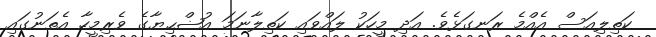
ކަތިލިއަސް އެއްމެ ރަނގަޅެވެ. އަދި މީހަކު ލައްވައި ކަތިލާނަމަ އުޟްޙިޔާގެ ވެރިމީހާ އެތަނުގައި